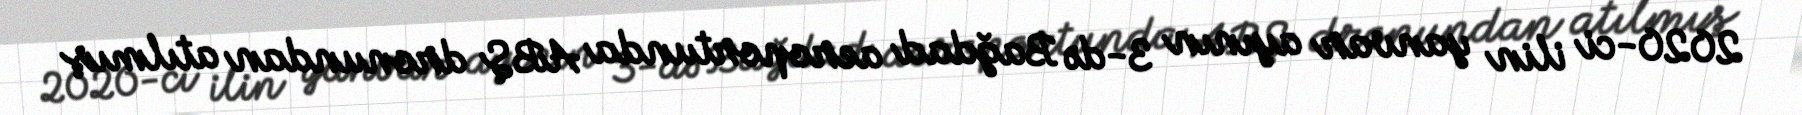
2020-ci ilin yanvar ayının 3-də Bağdad aeroportunda ABŞ dronundan atılmış